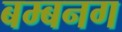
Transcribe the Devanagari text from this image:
बम्बनग